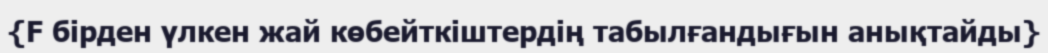
{F бірден үлкен жай көбейткіштердің табылғандығын анықтайды}